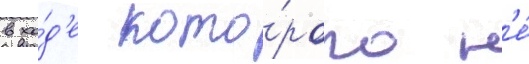
в хо́д'е кото́рого н'е́